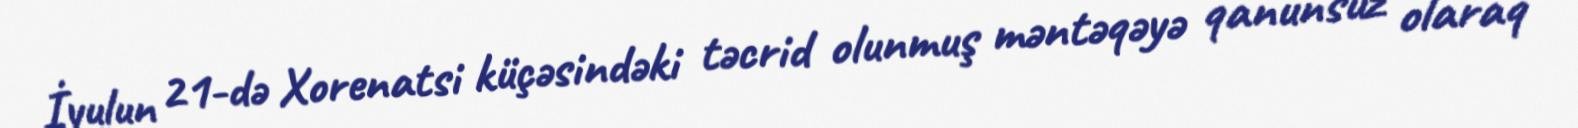
İyulun 21-də Xorenatsi küçəsindəki təcrid olunmuş məntəqəyə qanunsuz olaraq